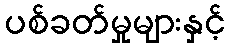
ပစ်ခတ်မှုများနှင့်